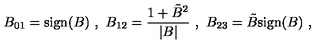
B _ { 0 1 } = \mathrm { s i g n } ( B ) \ , \ B _ { 1 2 } = { \frac { 1 + { \tilde { B } } ^ { 2 } } { | B | } } \ , \ B _ { 2 3 } = \tilde { B } \mathrm { s i g n } ( B ) \ ,